Vaccination in Bombay 1889-1901 - 1889-1901
Year: 1889
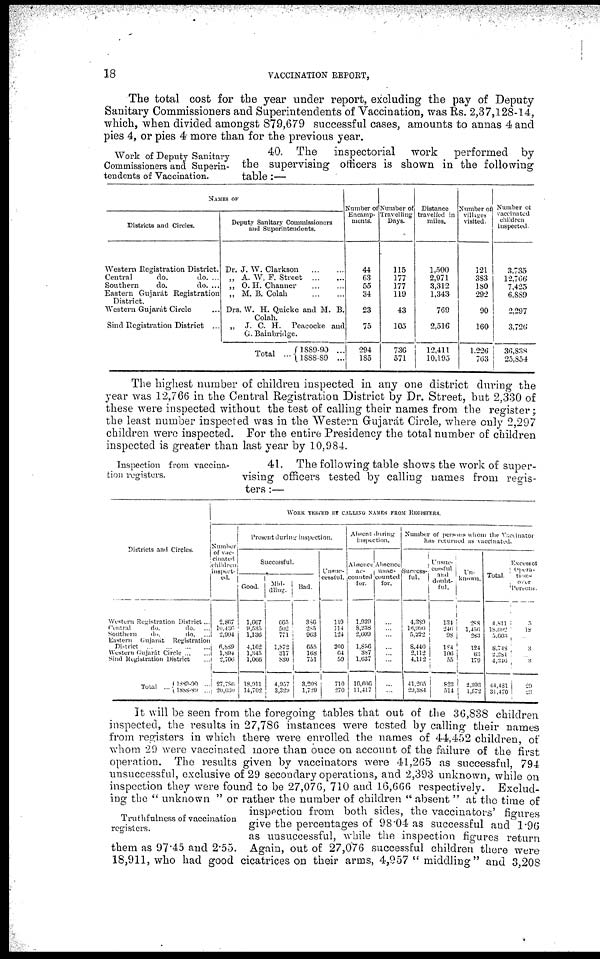
18
VACCINATION REPORT,
The total cost for the year under report, excluding the pay of Deputy
Sanitary Commissioners and Superintendents of Vaccination, was Rs. 2,37,128-14,
which, when divided amongst 879,679 successful cases, amounts to annas 4 and
pies 4, or pies 4 more than for the previous year.
Work of Deputy Sanitary
Commissioners and Superin-
tendents of Vaccination.
40. The inspectorial work performed by
the supervising officers is shown in the following
table:—
NAMES OF
Districts and Circles.
Western Registration District.
Central
do.
do. ...
Southern
do.
do. ...
Eastern Gujarát Registration
District.
Western Gujarát Circle ...
Sind Registration District ...
Deputy Sanitary Commissioners
and Superintendents.
Dr. J. W. Clarkson
...
...
„ A. W. F. Street
...
...
„ O. H. Channer
...
...
„ M. B. Colah
...
...
Drs. W. H. Quicke and M. B.
Colah.
„ J. C. H. Peacocke and
G. Bainbridge.
Total ... 1889-90 ...
1888-89 ...
Number of
Encamp-
ments.
44
63
55
34
23
75
294
185
Number of
Travelling
Days.
115
177
177
119
43
105
736
571
Distance
travelled in
miles.
1,500
2,971
3,312
1,343
769
2,516
12,411
10,195
Number of
villages
visited.
121
383
180
292
90
160
1,226
763
Number of
vaccinated
children
inspected.
3,735
12,766
7,425
6,889
2,297
3,726
36,838
25,854
The highest number of children inspected in any one district during the
year was 12,766 in the Central Registration District by Dr. Street, but 2,330 of
these were inspected without the test of calling their names from the register;
the least number inspected was in the Western Gujarát Circle, where only 2,297
children were inspected. For the entire Presidency the total number of children
inspected is greater than last year by 10,984.
Inspection from vaccina-
tion registers.
41. The following table shows the work of super-
vising officers tested by calling names from regis-
ters :—
Districts and Circles.
Western Registration District ...
Ceneral
do.
do. ...
Southern
do.
do. ...
Eastern
Gujarát
Registration
District
...
...
...
...
Western Gujarát Circle ... ...
Sind Registration District ...
Total ... 1889-90
...
1888-89 ...
WORK TESTED BY CALLING NAMES FROM REGISTERS.
Number
of vac-
cinated
children
inspect-
ed.
2,867
10,436
2,994
6,889
1,894
2,706
27,786
20,030
Present during inspection.
Successful.
Good.
1,667
9,535
1,136
4,162
1,345
1,066
18,911
14,702
Mid-
dling.
665
502
771
1,872
317
830
4,957
3,329
Bad.
386
285
963
655
168
751
3,208
1,729
Unsuc-
cessful.
119
114
124
200
64
59
710
270
Absent during
inspection.
Absence
ac-
counted
for.
1,939
8, 238
2,609
1,856
387
1,637
16,666
11,417
Absence
unac-
counted
for.
...
...
...
...
...
...
...
...
Number of persons whom the Vaccinator
has returned as vaccinated.
Success-
ful.
4,389
16, 990
5,222
8,440
2,112
4,112
41,265
29,384
Unsuc-
cessful
and
doubt-
ful.
134
246
98
184
106
55
823
5 1 4
Un-
known.
288
1,456
283
124
63
179
2,393
1,572
Total.
4,811
18,692
5,603
8,748
2,281
4,346
44,481
31,470
Excess of
opera-
tions
over
Persons.
5
18
...
3
... 3
20
28
Truthfulness of vaccination
registers.
It will be seen from the foregoing tables that out of the 36,838 children
inspected, the results in 27,786 instances were tested by calling their names
from registers in which there were enrolled the names of 44,452 children, of
whom 29 were vaccinated more than once on account of the failure of the first
operation. The results given by vaccinators were 41,265 as successful, 794
unsuccessful, exclusive of 29 secondary operations, and 2,393 unknown, while on
inspection they were found to be 27,076, 710 and 16,666 respectively. Exclud-
ing the " unknown " or rather the number of children " absent " at the time of
inspection from both sides, the vaccinators' figures
give the percentages of 98.04 as successful and 1.96
as unsuccessful, while the inspection figures return
them as 97.45 and 2.55. Again, out of 27,076 successful children there were
18,911, who had good cicatrices on their arms, 4,957 " middling" and 3,208